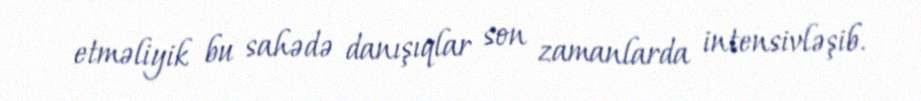
etməliyik bu sahədə danışıqlar son zamanlarda intensivləşib.